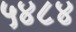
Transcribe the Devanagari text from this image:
५४८४